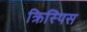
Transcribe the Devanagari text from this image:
क्रिस्पिस